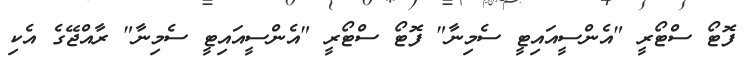
ފޮޓޯ ސްޓޯރީ "އެންސީއައިޓީ ސެމިނާ" ފޮޓޯ ސްޓޯރީ "އެންސީއައިޓީ ސެމިނާ" ރާއްޖޭގެ އެކި